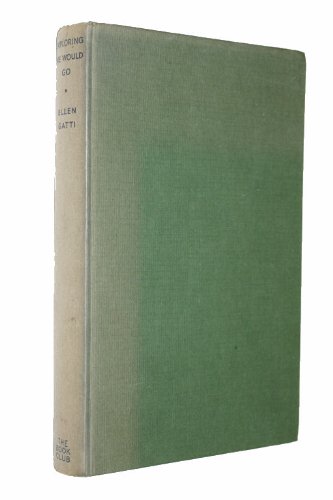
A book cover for Exploring we would go; Ellen Morgan Waddill Gatti; Travel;